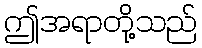
ဤအရာတို့သည်